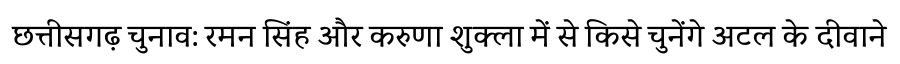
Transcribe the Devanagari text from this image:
छत्तीसगढ़ चुनाव: रमन सिंह और करुणा शुक्ला में से किसे चुनेंगे अटल के दीवाने